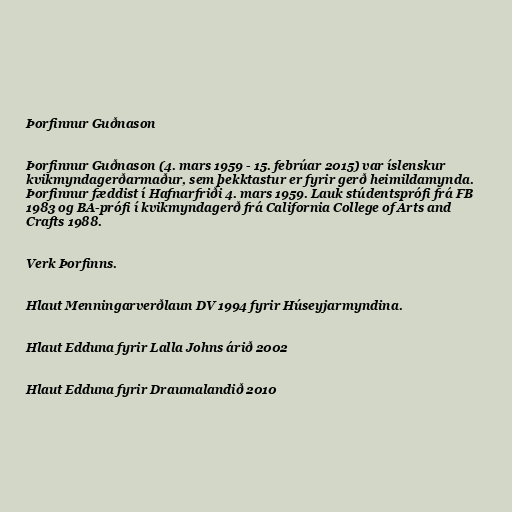
Þorfinnur Guðnason

Þorfinnur Guðnason (4. mars 1959 - 15. febrúar 2015) var íslenskur
kvikmyndagerðarmaður, sem þekktastur er fyrir gerð heimildamynda.
Þorfinnur fæddist í Hafnarfriði 4. mars 1959. Lauk stúdentsprófi frá FB
1983 og BA-prófi í kvikmyndagerð frá California College of Arts and
Crafts 1988.

Verk Þorfinns.

Hlaut Menningarverðlaun DV 1994 fyrir Húseyjarmyndina.

Hlaut Edduna fyrir Lalla Johns árið 2002

Hlaut Edduna fyrir Draumalandið 2010